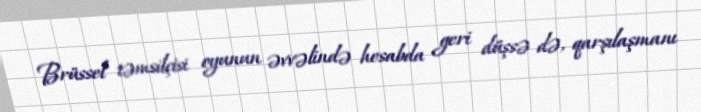
Brüssel təmsilçisi oyunun əvvəlində hesabda geri düşsə də, qarşılaşmanı